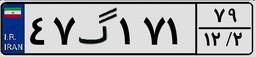
۸۹گ۳۱۵۲۸